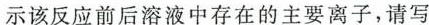
示该反应前后溶液中存在的主要离子，请写